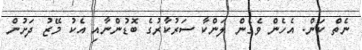
ނެތް ކަން. އެހެން ވެގެން ލަންކާ ސަރުކާރުގެ ބޮޑުންނާއި އެކު މޭޒު ދަށުން